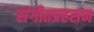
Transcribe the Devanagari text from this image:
संगीतप्रहसन